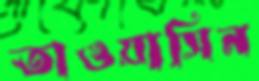
তাওয়াসিন